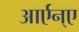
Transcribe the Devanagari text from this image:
आर्एन्ए